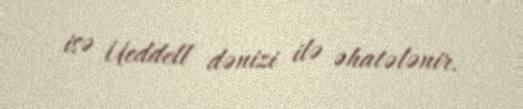
isə Ueddell dənizi ilə əhatələnir.